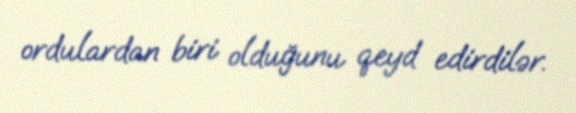
ordulardan biri olduğunu qeyd edirdilər.